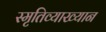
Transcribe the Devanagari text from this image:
स्मृतिव्याख्यान